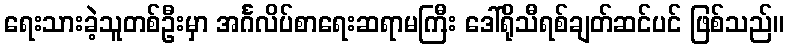
ရေးသားခဲ့သူတစ်ဦးမှာ အင်္ဂလိပ်စာရေးဆရာမကြီး ဒေါ်ရိုသီရစ်ချတ်ဆင်ပင် ဖြစ်သည်။